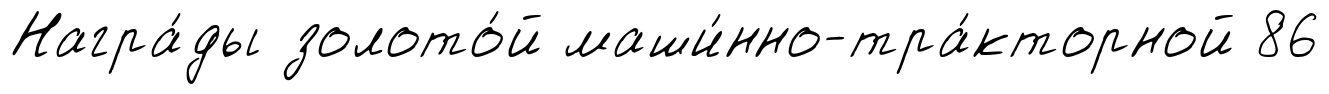
Награ́ды золото́й маши́нно-тра́кторной 86